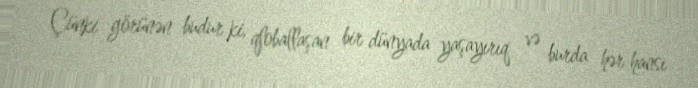
Çünki görünən budur ki, qloballaşan bir dünyada yaşayırıq və burda hər hansı